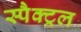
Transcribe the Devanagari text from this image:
स्पैक्ट्रल